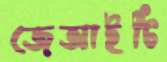
জেআইটি